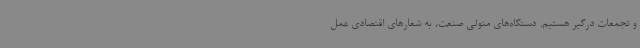
و تجمعات درگیر هستیم. دستگاه‌های متولی صنعت، به شعارهای اقتصادی عمل